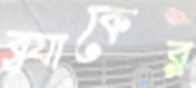
ব্র্যাকের